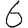
Digit: 6